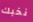
نخبك